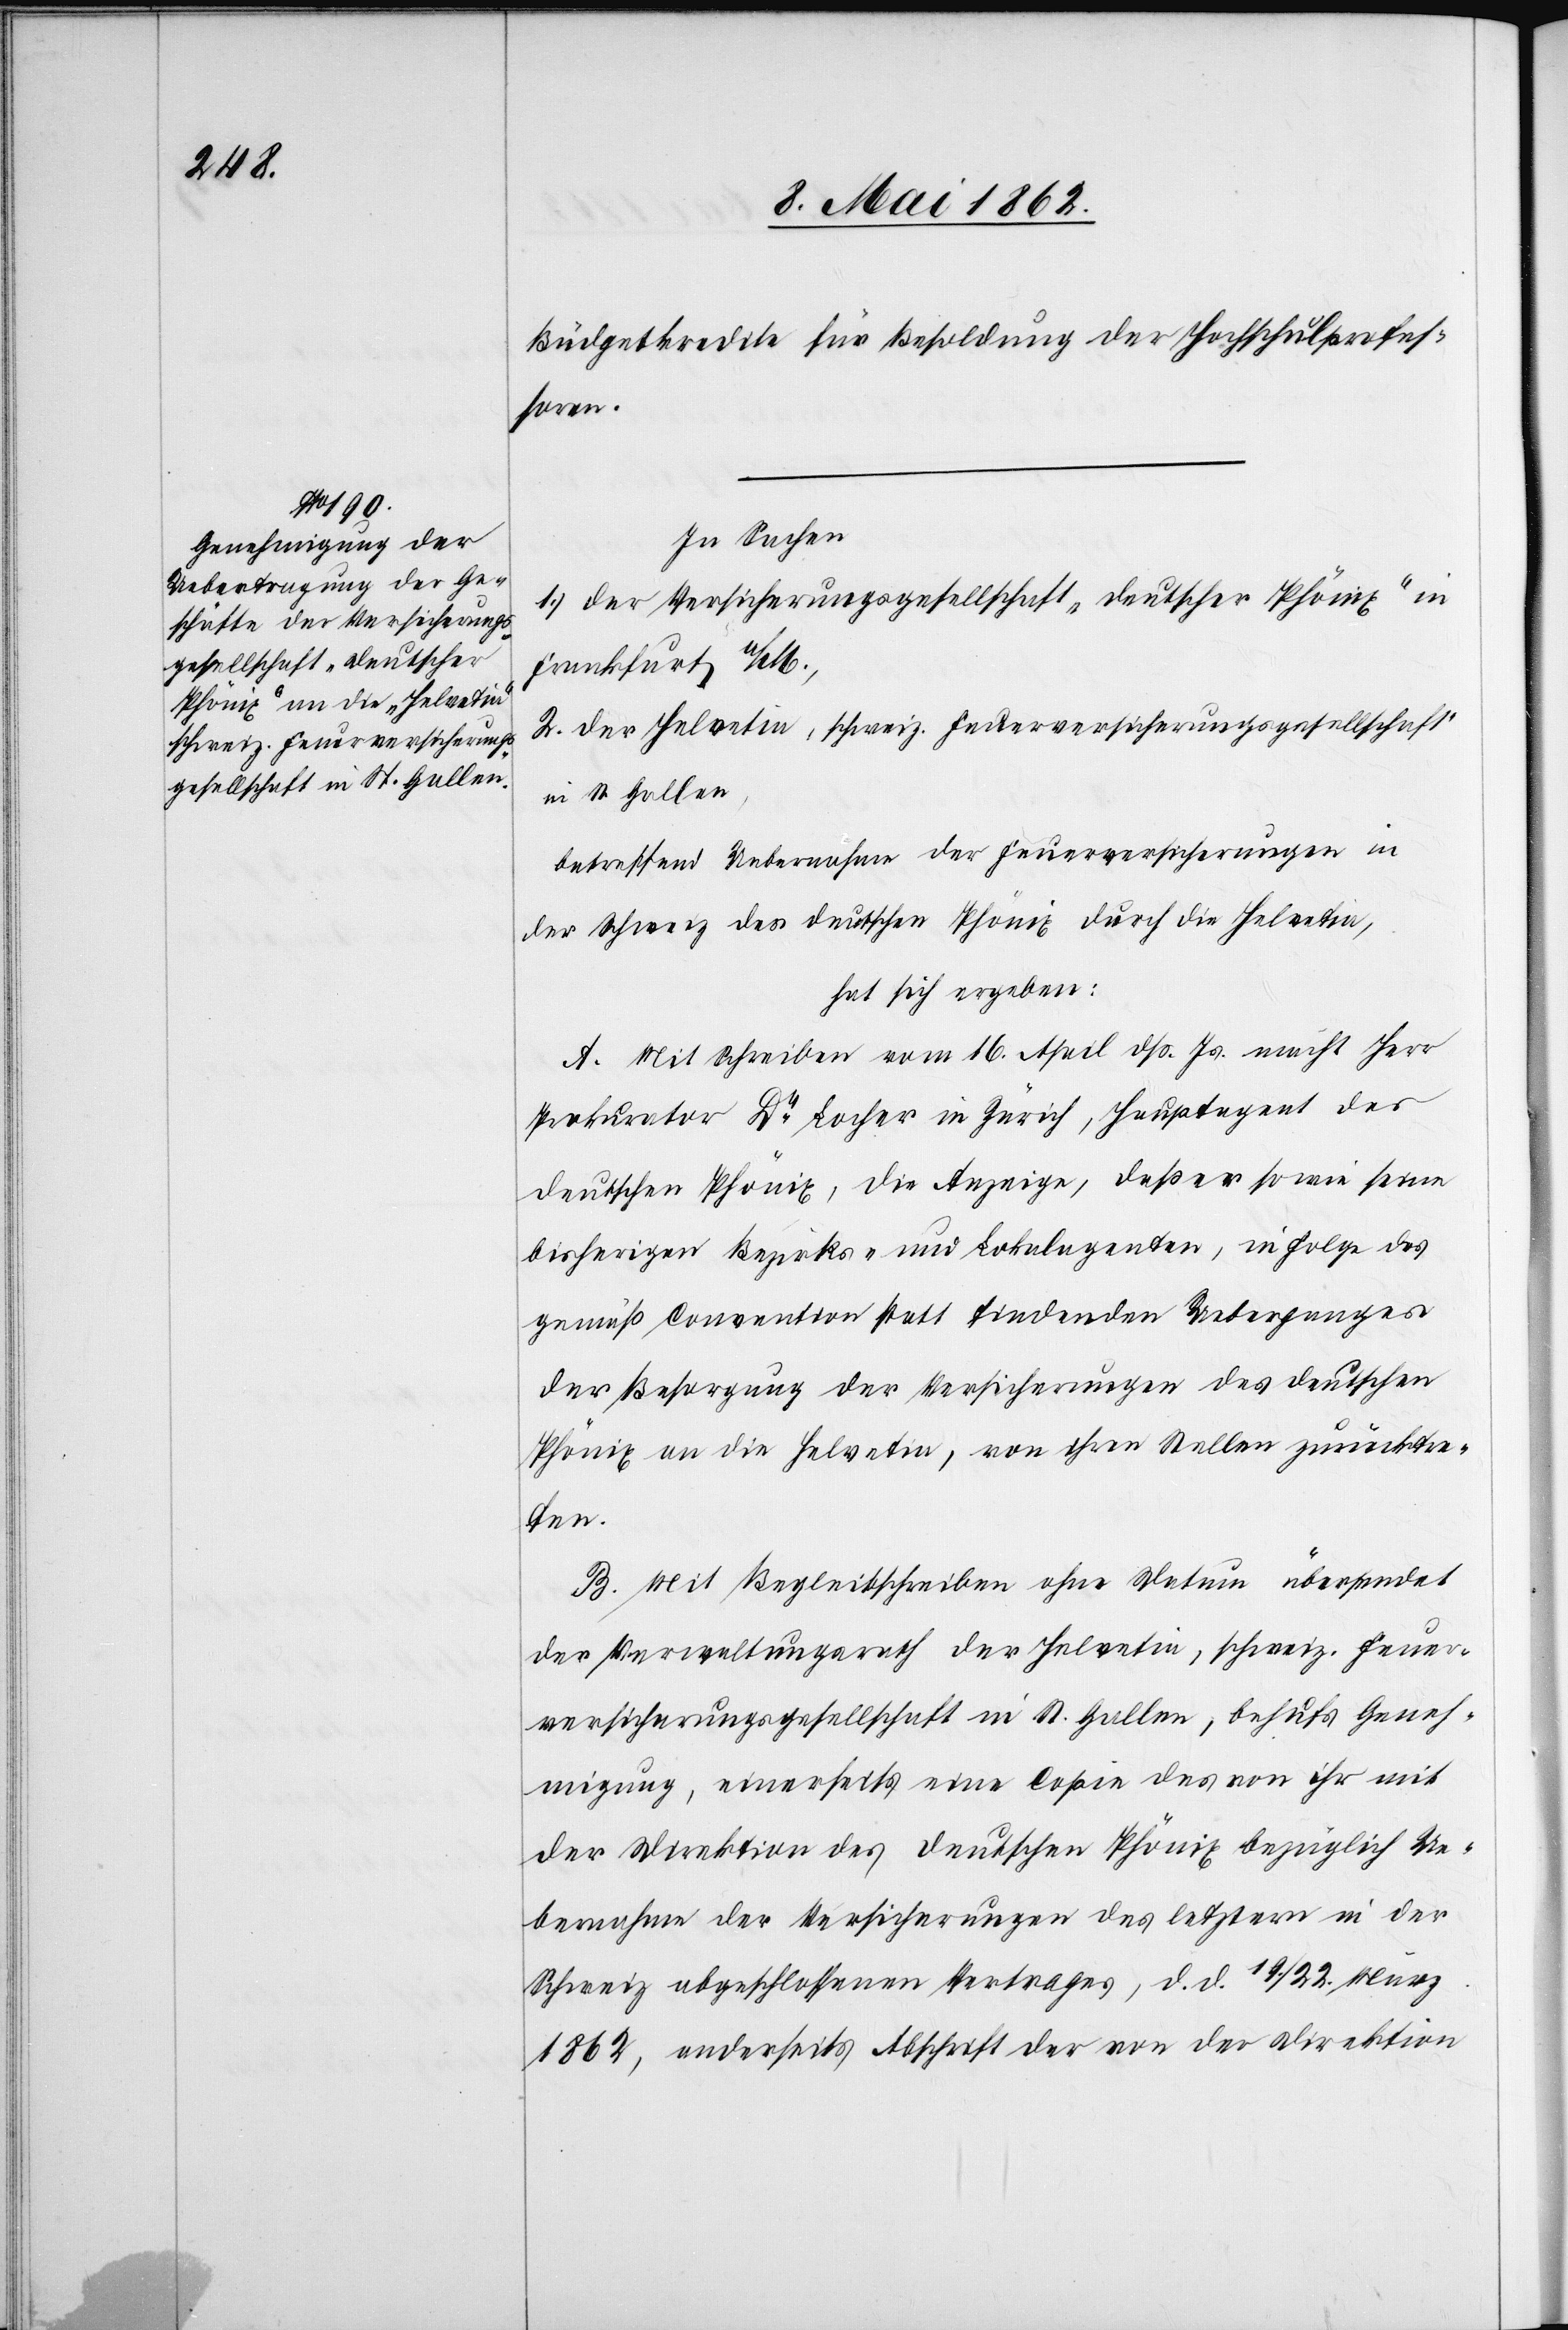
Büdgetkredite für Besoldung der Hochschulprofes¬
soren.
In Sachen
1. Der Versicherungsgesellschaft „deutscher Phönix“ in
Frankfurt a/M.,
2. Der Helvetia, schweiz. Feuerversicherungsgesellschaft
in St. Gallen,
betreffend Uebernahme der Feuerungsversicherungen in
der Schweiz des deutschen Phönix durch die Helvetia,
hat sich ergeben:
A. Mit Schreiben vom 16. April dß. Js. macht Herr
Prokurator Dr. Locher in Zürich, Hauptagent des
deutschen Phönix, die Anzeige, daß er sowie seine
bisherigen Bezirks- und Lokalagenten, in Folge des
gemäß Convention statt findenden Unterganges
der Besorgung der Versicherungen des deutschen
Phönix an die Helvetia, von ihren Stellen zurücktre¬
ten.
B. Mit Begleitschreiben ohne Datum übersendet
der Verwaltungsrath der Helvetia, schweiz. Feuer¬
versicherungsgesellschaft in St. Gallen, behufs Geneh¬
migung, einerseits eine Copie des von ihr mit
der Direktion des deutschen Phönix bezüglich Ue¬
bernahme der Versicherungen des letztern in der
Schweiz abgeschlossenen Vertrages, d. d. 19. / 22. März
1862, anderseits Abschrift der von der Direktion